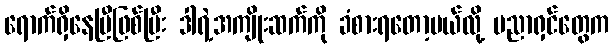
ရောက်ရှိနေပြီဖြစ်ပြီး ဒါရဲ့အကျိုးဆက်ကို ခံစားရတော့မယ်လို့ ပညာရှင်တွေက